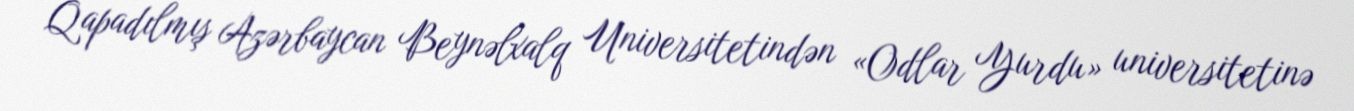
Qapadılmış Azərbaycan Beynəlxalq Universitetindən «Odlar Yurdu» universitetinə